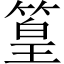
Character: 篁